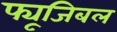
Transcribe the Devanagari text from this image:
फ्यूजिबल